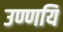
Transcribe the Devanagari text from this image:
उण्णयि